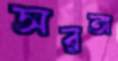
সরঙ্গ